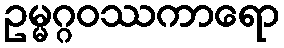
ဥမ္မဂ္ဂဝဿကာရော